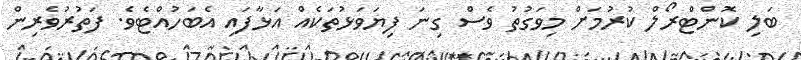
ބަލި ކޮންޓްރޯލް ކުރުމަށް މިވަގުތު ވެސް ގިނަ ފިޔަވަޅުތަކެއް އަޅާފައި އެބަހުއްޓެވެ. ފަތުރުވެރިން